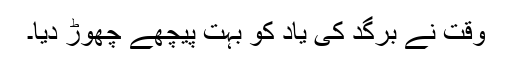
وقت نے برگد کی یاد کو بہت پیچھے چھوڑ دیا۔